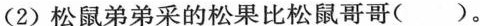
(2)松鼠弟弟采的松果比松鼠哥哥( )。